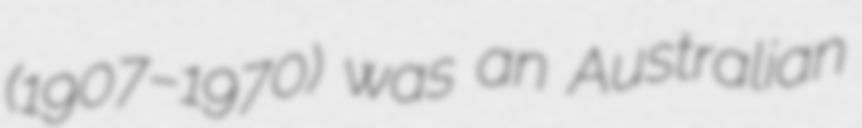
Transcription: (1907–1970) was an Australian